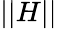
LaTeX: \vert\vert H\vert\vert